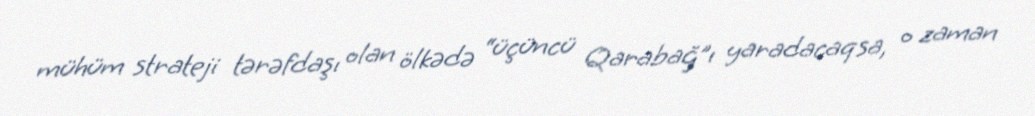
mühüm strateji tərəfdaşı olan ölkədə “üçüncü Qarabağ”ı yaradacaqsa, o zaman